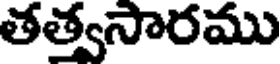
తత్వసారము